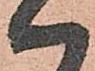
ハ